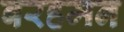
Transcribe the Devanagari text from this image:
बरहमन